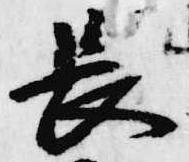
長